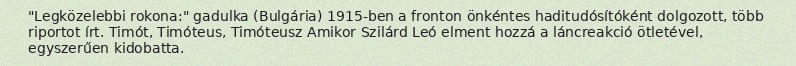
"Legközelebbi rokona:" gadulka (Bulgária) 1915-ben a fronton önkéntes haditudósítóként dolgozott, több riportot írt. Timót, Timóteus, Timóteusz Amikor Szilárd Leó elment hozzá a láncreakció ötletével, egyszerűen kidobatta.